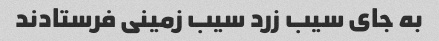
به جای سیب زرد سیب زمینی فرستادند